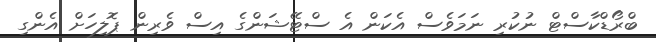
ބްރޯޑްކާސްޓް ނުކުރި ނަމަވެސް އެކަން އެ ސްޓޭޝަންގެ އިސް ވެރިން ޕޮލިހަށް އެންގި